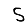
Digit: 5